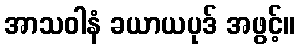
အာသဝါနံ ခယာယပုဒ် အဖွင့်။